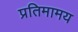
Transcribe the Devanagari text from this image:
प्रतिमामय